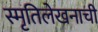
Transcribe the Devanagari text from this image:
स्मृतिलेखनाची